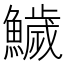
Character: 鱥